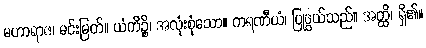
မဟာရာဇ၊ မင်းမြတ်။ ယံကိဉ္စိ၊ အလုံးစုံသော။ ကရဏီယံ၊ ပြုဖွယ်သည်။ အတ္ထိ၊ ရှိ၏။